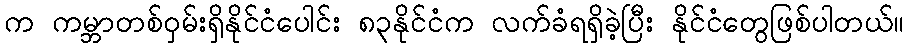
က ကမ္ဘာတစ်ဝှမ်းရှိနိုင်ငံပေါင်း ၈၃နိုင်ငံက လက်ခံရရှိခဲ့ပြီး နိုင်ငံတွေဖြစ်ပါတယ်။